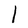
Character: l